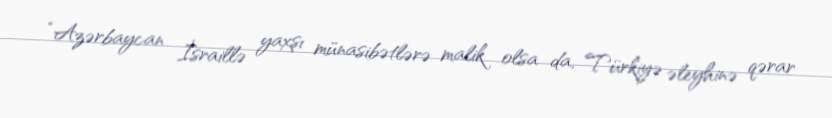
“Azərbaycan İsraillə yaxşı münasibətlərə malik olsa da, Türkiyə əleyhinə qərar